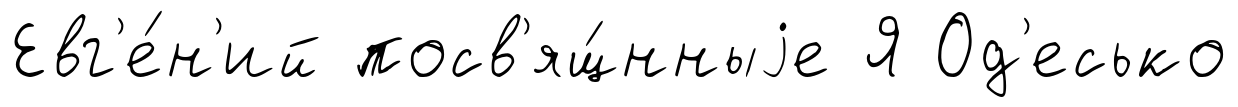
Евг'е́н'ий посв'ящ́нныjе Я Од'есько